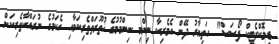
ޑިމޮކްރެޓިކް ފޯސަސް" ހަތިޔާރު ދޭން އެމެރިކާ ނިންމި ނިންމުމުގެ ޚުތޫރަތްތެރިކަމާއި އެކަމުގެ ނުރައްކާތެރިކަން